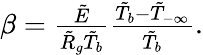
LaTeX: \begin{array}{r}{\beta=\frac{\tilde{E}}{\tilde{R}_{g}\tilde{T}_{b}}\frac{\tilde{T}_{b}-\tilde{T}_{-\infty}}{\tilde{T}_{b}}.}\end{array}